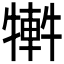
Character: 𤛕